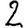
Digit: 2